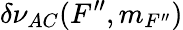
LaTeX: \delta\nu_{AC}(F^{\prime\prime},m_{F^{\prime\prime}})